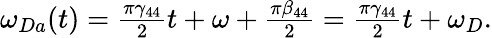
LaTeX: \begin{array}{r}{\omega_{Da}(t)=\frac{\pi\gamma_{44}}{2}t+\omega+\frac{\pi\beta_{44}}{2}=\frac{\pi\gamma_{44}}{2}t+\omega_{D}.}\end{array}